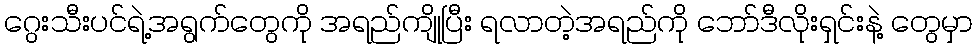
ဂွေးသီးပင်ရဲ့အရွက်တွေကို အရည်ကျိုပြီး ရလာတဲ့အရည်ကို ဘော်ဒီလိုးရှင်းနဲ့ တွေမှာ